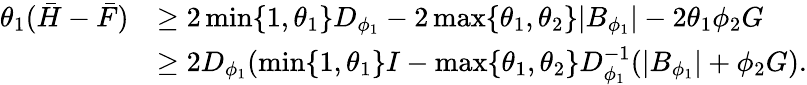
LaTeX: \begin{array}{rl}{\theta_{1}(\bar{H}-\bar{F})}&{\geq 2\operatorname*{min}\{ 1,\theta_{1}\} D_{\phi_{1}}-2\operatorname*{max}\{ \theta_{1},\theta_{2}\} \lvert B_{\phi_{1}}\rvert-2\theta_{1}\phi_{2}G}\\ &{\geq 2D_{\phi_{1}}(\operatorname*{min}\{ 1,\theta_{1}\} I-\operatorname*{max}\{ \theta_{1},\theta_{2}\} D_{\phi_{1}}^{-1}(\lvert B_{\phi_{1}}\rvert+\phi_{2}G).}\end{array}